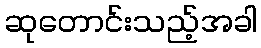
ဆုတောင်းသည့်အခါ